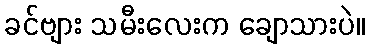
ခင်ဗျား သမီးလေးက ချောသားပဲ။